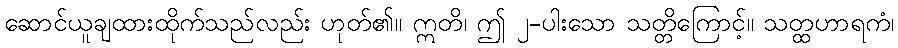
ဆောင်ယူချထားထိုက်သည်လည်း ဟုတ်၏။ ဣတိ၊ ဤ ၂-ပါးသော သတ္တိကြောင့်။ သတ္ထဟာရကံ၊